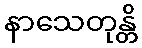
နာသေတုန္တိ